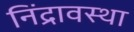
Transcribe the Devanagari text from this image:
निंद्रावस्था